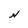
Character: N